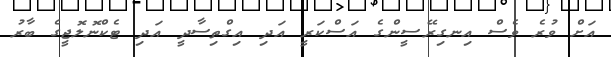
އަށް ވުރެ ވެސް އިނގިރޭސީންގެ އަސްކަރީ އަދި އިގްތިސާދީ އަދި ޓެކްނޮލޮޖީގެ ބާރު